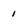
Character: 1